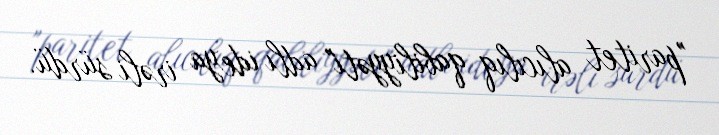
"paritet alıcılıq qabiliyyəti" adlı ideya irəli sürdü.